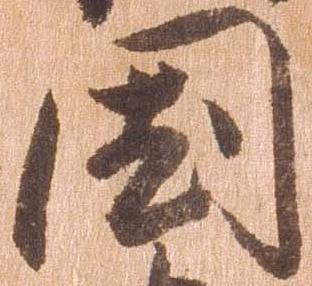
国